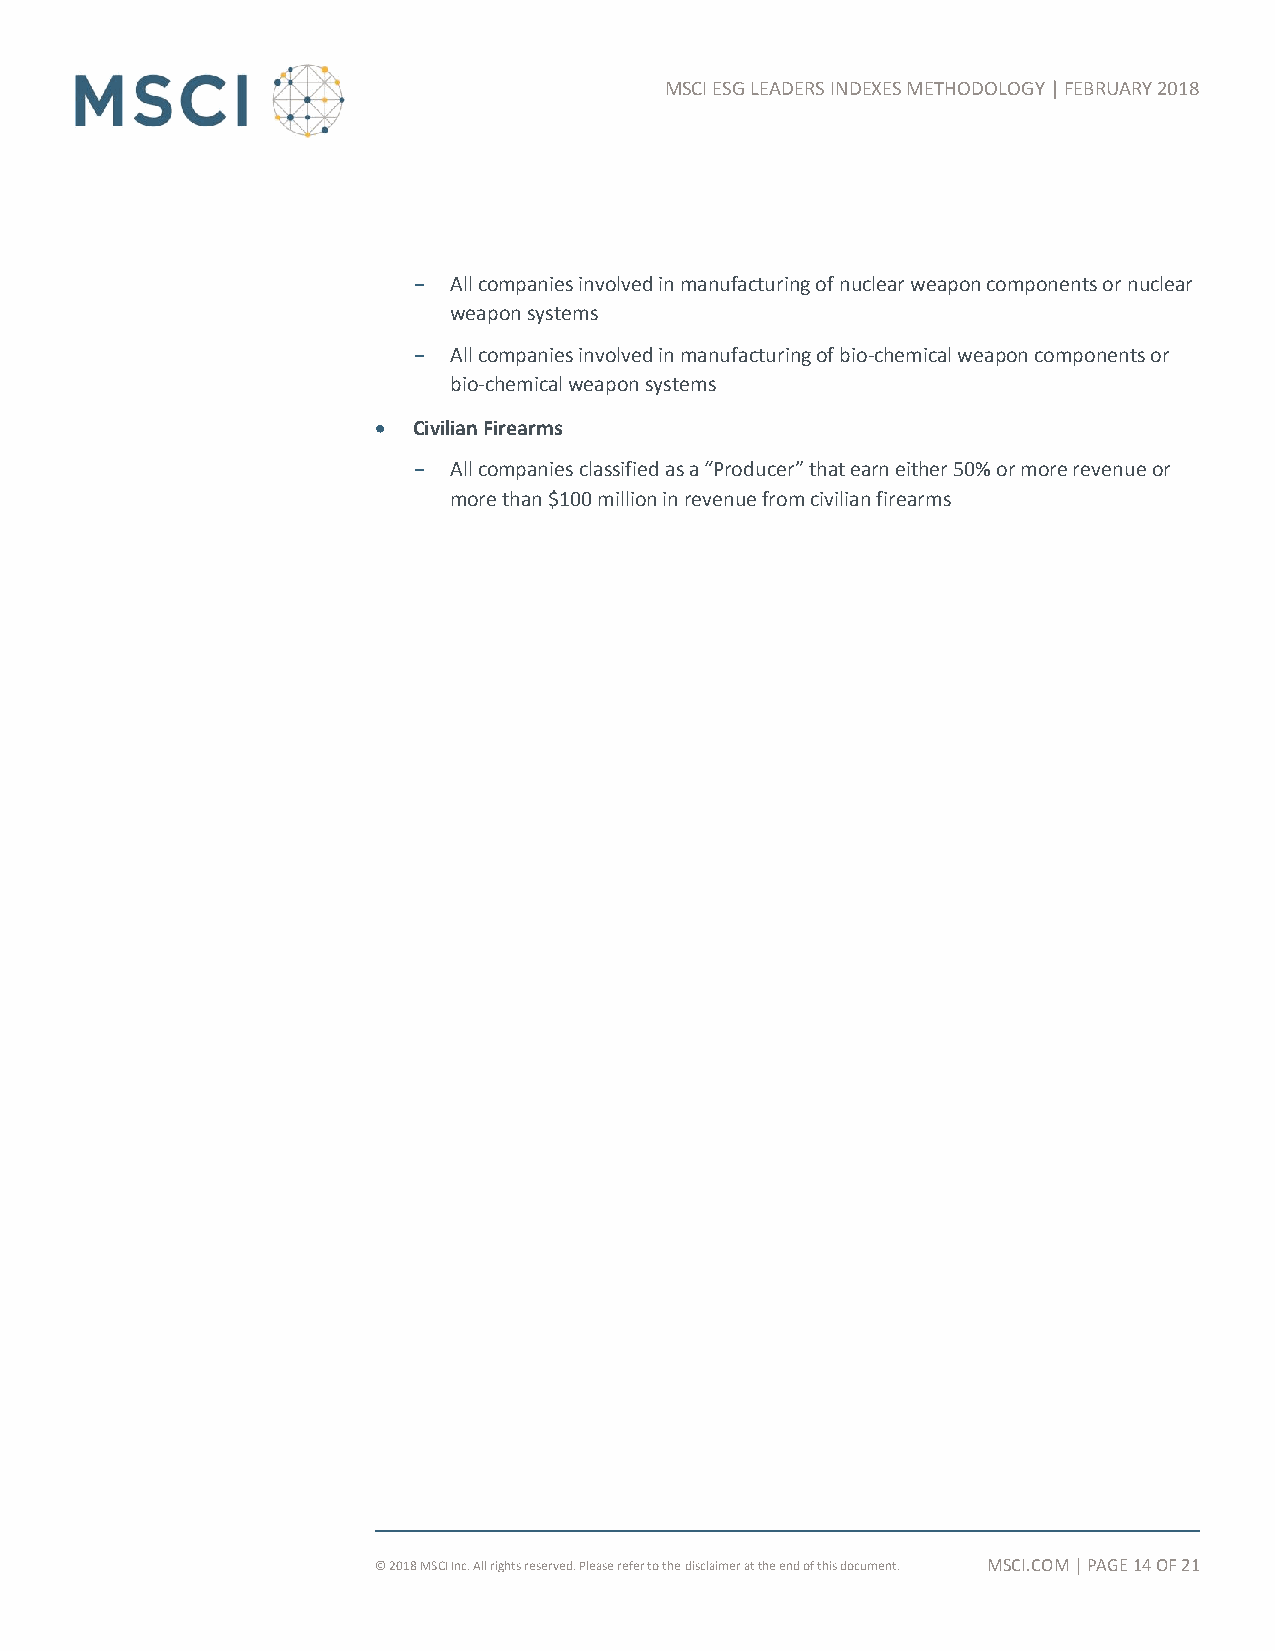
MSCI ESG LEADERS INDEXES METHODOLOGY | FEBRUARY 2018
 All companies involved in manufacturing of nuclear weapon components or nuclear
 weapon systems
 All companies involved in manufacturing of bio-chemical weapon components or
 bio-chemical weapon systems
  Civilian Firearms
 All companies classified as a “Producer” that earn either 50% or more revenue or
 more than $100 million in revenue from civilian firearms
 © 2018 MSCI Inc. All rights reserved. Please refer to the disclaimer at the end of this document. MSCI.COM | PAGE 14 OF 21